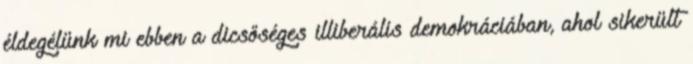
éldegélünk mi ebben a dicsőséges illiberális demokráciában, ahol sikerült